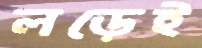
লড়েই